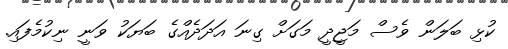
ކުޅި ބަލަން ވެސް މަޖީދީ މަގަށް ގިނަ އަދަދެއްގެ ބަޔަކު ވަނީ ނިކުމެފައި.